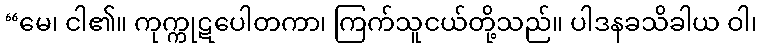
“မေ၊ ငါ၏။ ကုက္ကုဋပေါတကာ၊ ကြက်သူငယ်တို့သည်။ ပါဒနခသိခါယ ဝါ၊